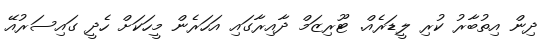
ދިން އިތުބާރު ކުރި ލީޑަރެއް. ޓޫރިޒަމް ދާއިރާގައި އަހަރެން މީހަކަށް ހެދީ ގައިސަރުއޭ